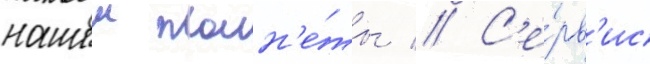
нашеи план'е́ты // С'е́рв'ис